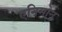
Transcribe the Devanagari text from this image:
एनिमोन